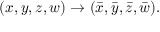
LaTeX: ( x , y , z , w ) \to ( \bar { x } , \bar { y } , \bar { z } , \bar { w } ) .